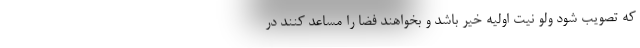
که تصویب شود ولو نیت اولیه خیر باشد و بخواهند فضا را مساعد کنند در